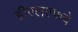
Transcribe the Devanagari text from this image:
डीएलएफचे